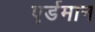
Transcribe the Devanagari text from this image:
एर्डमान